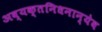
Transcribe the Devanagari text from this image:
अव्यक्तनिधनान्येव